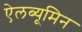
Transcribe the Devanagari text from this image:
ऐलब्यूमिन